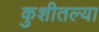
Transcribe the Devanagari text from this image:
कुशीतल्या